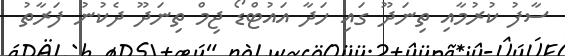
ސާފު ކުރުމާއި ތިނަދޫ ގައި ހަދާ އައުޓްޑޯ ޖިމް ތިނަދޫ ދެކުނު ފަރާތު